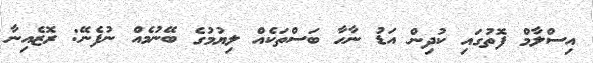
އިސްލާމް ފޮތުގައި ކުދިން އަޑު ނާހާ ބަސްތަކެއް ލިޔުމުގެ ބޭނުމެއް ނުފެނޭ: ރޮޒެއިނާ